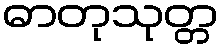
ဓာတုသုတ္တ